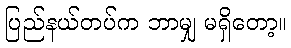
ပြည်နယ်တပ်က ဘာမျှ မရှိတော့။